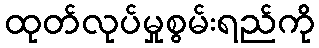
ထုတ်လုပ်မှုစွမ်းရည်ကို